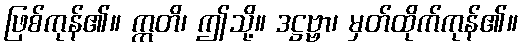
ဖြစ်ကုန်၏။ ဣတိ၊ ဤသို့။ ဒဋ္ဌဗ္ဗာ၊ မှတ်ထိုက်ကုန်၏။